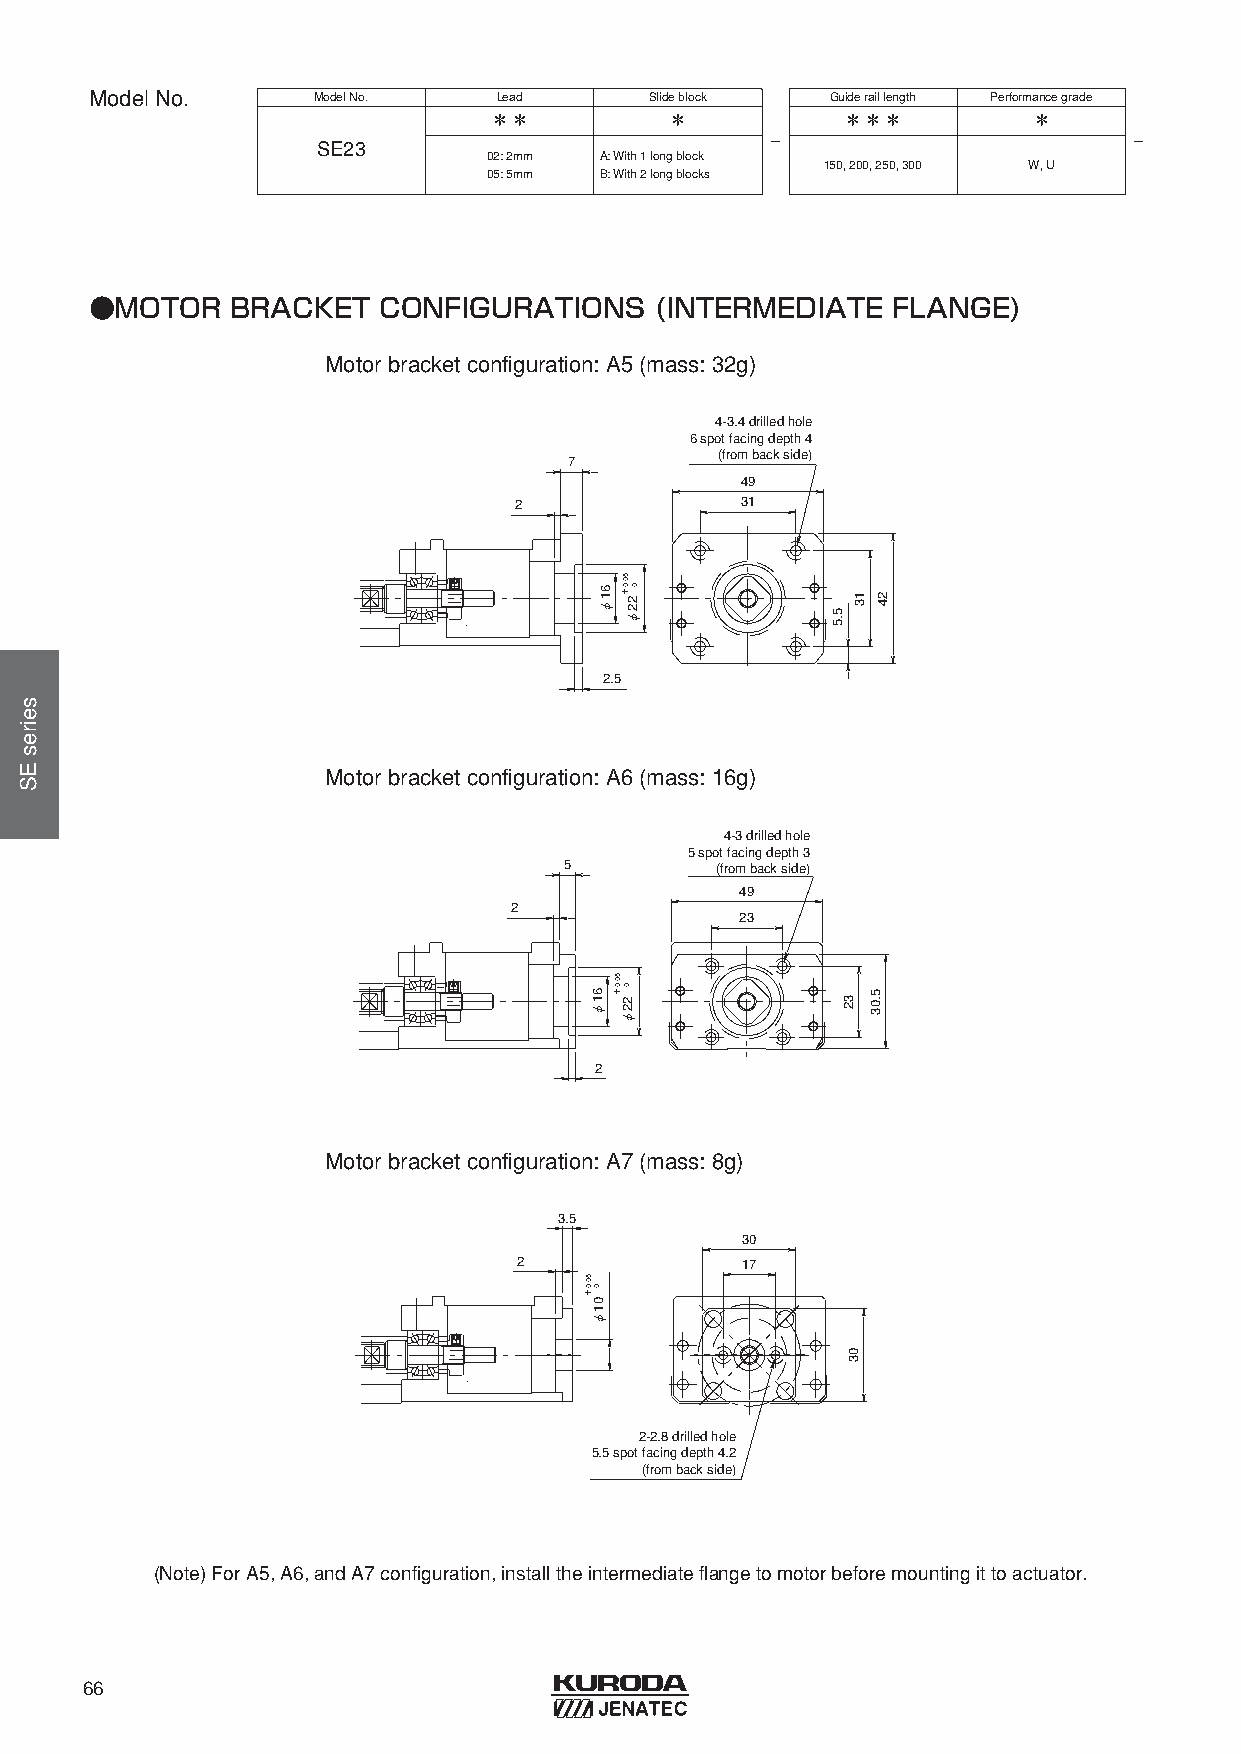
ModelNo.       ModelNo.    Lead      Slideblock  Guideraillength Performancegrade
 ＊＊          ＊           ＊＊＊         ＊
 -                       -
 SE23
 02: 2mm A: With1 longblock
 150, 200, 250, 300 W, U
 05: 5mm B: With2 longblocks
 ●MOTOR   BRACKET   CONFIGURATIONS    (INTERMEDIATE   FLANGE)
 Motorbracketconfiguration: A5 (mass: 32g)
 4-3.4 drilled hole
 6 spot facing depth 4
 (from back side)
 7
 49
 2              31
 2.5
 Motorbracketconfiguration: A6 (mass: 16g)
 4-3 drilled hole
 5 spot facing depth 3
 5         (from back side)
 49
 2
 23
 2
 Motorbracketconfiguration: A7 (mass: 8g)
 3.5
 30
 2              17
 2-2.8 drilled hole
 5.5 spot facing depth 4.2
 (from back side)
 (Note) ForA5, A6, andA7 configuration, installtheintermediateflangetomotorbeforemountingittoactuator.
 66
 seiresES
 50.0＋
 61φ
 61φ
 0
 01φ
 50.0＋
 50.0
 0＋
 22φ
 0 22φ
 5.5
 13
 32
 03
 5.03
 24